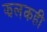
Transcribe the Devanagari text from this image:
झलकही